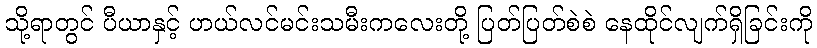
သို့ရာတွင် ပီယာနှင့် ဟယ်လင်မင်းသမီးကလေးတို့ ပြတ်ပြတ်စဲစဲ နေထိုင်လျက်ရှိခြင်းကို